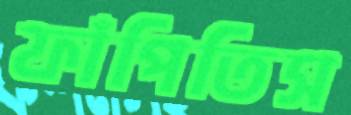
ফাঁপিতিস